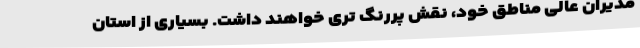
مدیران عالی مناطق خود، نقش پررنگ تری خواهند داشت. بسیاری از استان